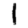
Digit: 1